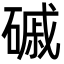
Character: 磩